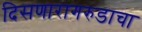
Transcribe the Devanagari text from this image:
दिसणारागरुडाचा